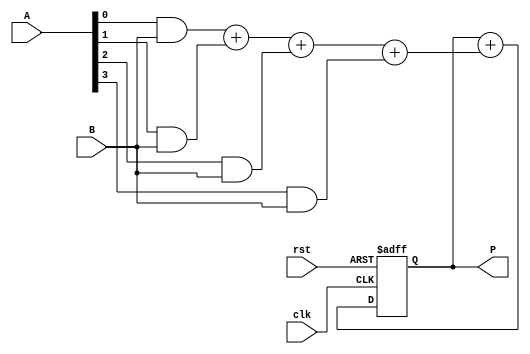
module CarrySaveMultiplier (
    input   wire    clk,
    input   wire    rst,
    input   wire    [15:0] A,
    input   wire    [15:0] B,
    output  reg     [31:0] P
);

// Partial products generation
wire [15:0] pp1, pp2, pp3, pp4;

assign pp1 = A[0] & B;
assign pp2 = A[1] & B;
assign pp3 = A[2] & B;
assign pp4 = A[3] & B;

// Multiplication and addition using carry-save method
wire [15:0] C, S;
assign {C, S} = pp1 + pp2 + pp3 + pp4;

// Accumulation
always @(posedge clk or posedge rst) begin
    if (rst) begin
        P <= 0;
    end else begin
        P <= P + {C, S};
    end
end

endmodule